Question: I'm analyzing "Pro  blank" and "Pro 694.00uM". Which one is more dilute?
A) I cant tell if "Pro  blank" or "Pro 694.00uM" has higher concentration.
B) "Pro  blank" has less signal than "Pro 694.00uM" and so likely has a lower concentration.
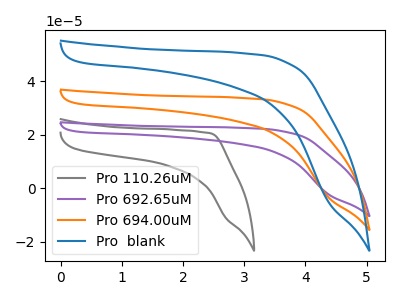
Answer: <think>The gray curve "Pro 110.26uM" has no peaks. The purple curve "Pro 692.65uM" has no peaks. The orange curve "Pro 694.00uM" has no peaks. The blue curve "Pro  blank" has no peaks.
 Neither "Pro  blank" or "Pro 694.00uM" have any peaks.</think>
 <answer>A) I cant tell if "Pro  blank" or "Pro 694.00uM" has higher concentration.</answer>
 <eval>A</eval>